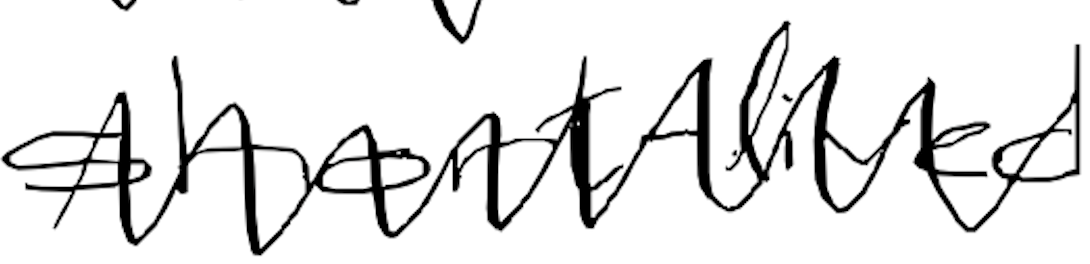
Text: short-lived
Cross-out: zig-zag
Writing tool: digital_black